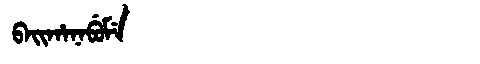
Manchu: ᠪᠠᡳᡥᠠᠨᠠᠪᡠᠮᡝ
Romanization: BAIHANABUME